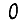
Digit: 0